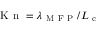
\mathrm { ~ K ~ n ~ } = \lambda _ { \mathrm { ~ M ~ F ~ P ~ } } / L _ { \mathrm { ~ c ~ } }